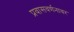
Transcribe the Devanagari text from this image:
प्रवासवर्णनावर